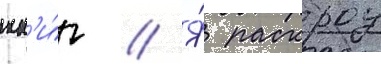
кн'и́г // Я́ раскроу